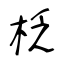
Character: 柉